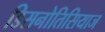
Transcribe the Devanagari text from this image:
डिसनोतिसियाज